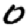
Digit: 0